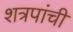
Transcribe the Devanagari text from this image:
शत्रपांची